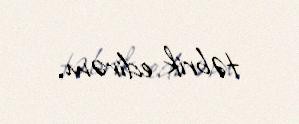
təbrik edirəm.